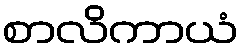
စာလိကာယံ